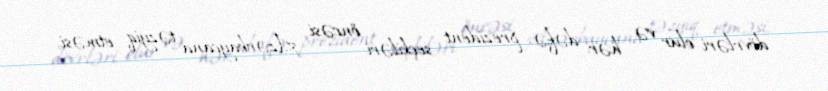
dövrləri olur və hər dəfə prezident seçkiləri öncəsi Azərbaycana təzyiq etməsi,